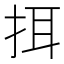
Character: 挕